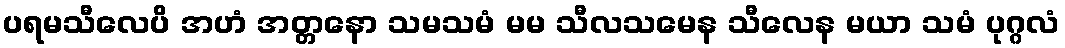
ပရမသီလေပိ အဟံ အတ္တနော သမသမံ မမ သီလသမေန သီလေန မယာ သမံ ပုဂ္ဂလံ